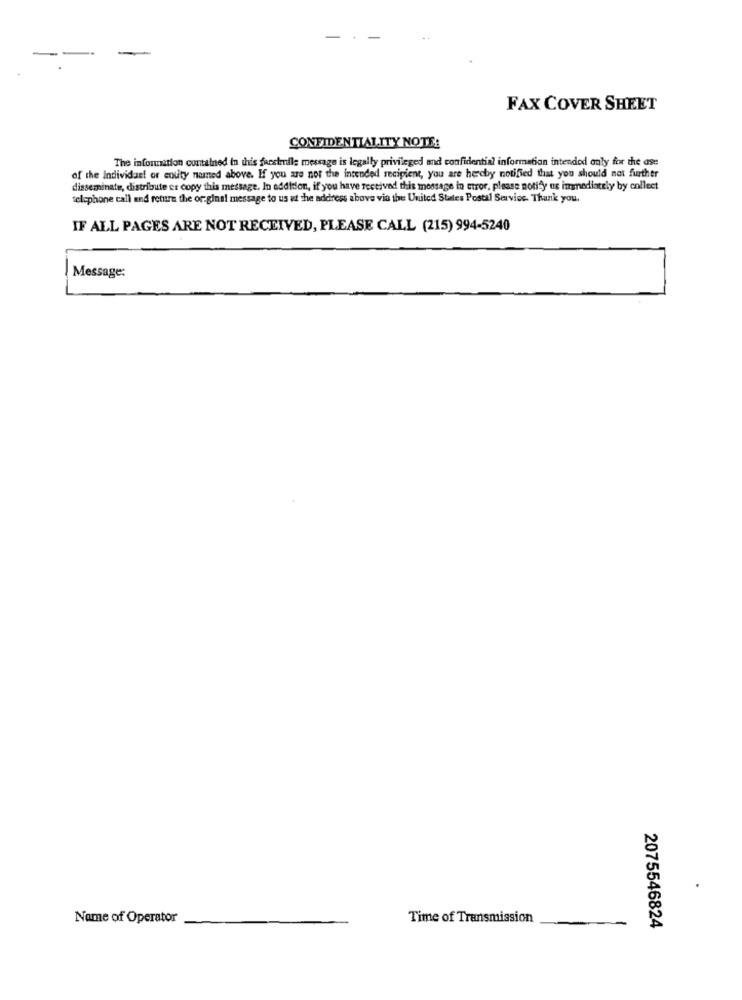
-
FAX COVER SHEET
CONFIDENTIALITY NOTE:
The information contained in this facetrille message is legally privileged and confidential information intended only for the ase
of the Individast or couty named above. If you are not the intended recipient, you are hereby notified that you should not further
disseminate, distribute er copy this message. In addition, if you have received this message in error, please notify us immediately by collect
telephone call and return the original message to us at the address above via the United States Postal Service. Thank you.
IF ALL PAGES ARE NOT RECEIVED, PLEASE CALL (215) 994-5240
Message:
Name of Operator
Time of Transmission
2075546824